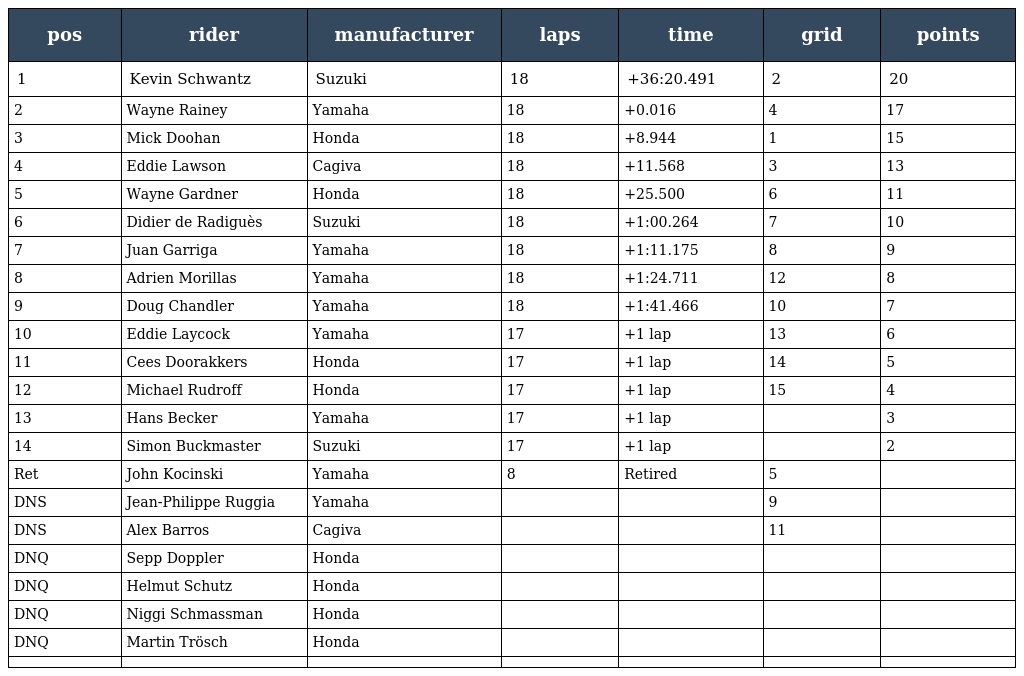
| pos | rider | manufacturer | laps | time | grid | points |
 | --- | --- | --- | --- | --- | --- | --- |
 | 1 | Kevin Schwantz | Suzuki | 18 | +36:20.491 | 2 | 20 |
 | 2 | Wayne Rainey | Yamaha | 18 | +0.016 | 4 | 17 |
 | 3 | Mick Doohan | Honda | 18 | +8.944 | 1 | 15 |
 | 4 | Eddie Lawson | Cagiva | 18 | +11.568 | 3 | 13 |
 | 5 | Wayne Gardner | Honda | 18 | +25.500 | 6 | 11 |
 | 6 | Didier de Radiguès | Suzuki | 18 | +1:00.264 | 7 | 10 |
 | 7 | Juan Garriga | Yamaha | 18 | +1:11.175 | 8 | 9 |
 | 8 | Adrien Morillas | Yamaha | 18 | +1:24.711 | 12 | 8 |
 | 9 | Doug Chandler | Yamaha | 18 | +1:41.466 | 10 | 7 |
 | 10 | Eddie Laycock | Yamaha | 17 | +1 lap | 13 | 6 |
 | 11 | Cees Doorakkers | Honda | 17 | +1 lap | 14 | 5 |
 | 12 | Michael Rudroff | Honda | 17 | +1 lap | 15 | 4 |
 | 13 | Hans Becker | Yamaha | 17 | +1 lap |  | 3 |
 | 14 | Simon Buckmaster | Suzuki | 17 | +1 lap |  | 2 |
 | Ret | John Kocinski | Yamaha | 8 | Retired | 5 |  |
 | DNS | Jean-Philippe Ruggia | Yamaha |  |  | 9 |  |
 | DNS | Alex Barros | Cagiva |  |  | 11 |  |
 | DNQ | Sepp Doppler | Honda |  |  |  |  |
 | DNQ | Helmut Schutz | Honda |  |  |  |  |
 | DNQ | Niggi Schmassman | Honda |  |  |  |  |
 | DNQ | Martin Trösch | Honda |  |  |  |  |
 |  |  |  |  |  |  |  |